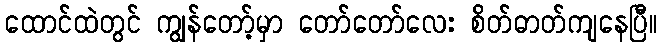
ထောင်ထဲတွင် ကျွန်တော့်မှာ တော်တော်လေး စိတ်ဓာတ်ကျနေပြီ။